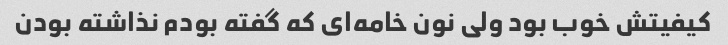
کیفیتش خوب بود ولی نون خامه‌ای که گفته بودم نذاشته بودن